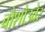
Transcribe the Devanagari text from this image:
बोशोउवेर